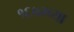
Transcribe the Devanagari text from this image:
१६७२च्या